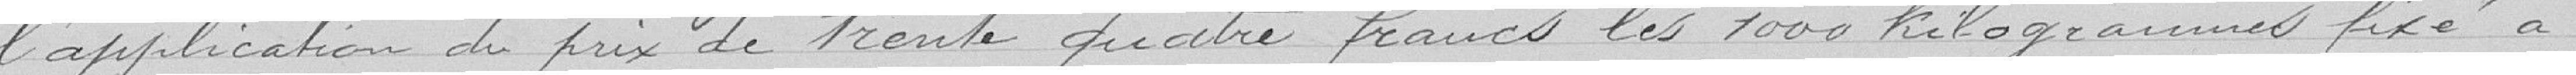
l'application du prix de trente quatre francs les 1000 kilogrammes fixé à